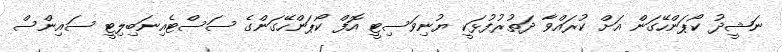
ނަޝީދު ކޯޕަންހޭގަން އަށް ކުރައްވާ ދަތުރުފުޅަކީ ޔުނިވަސިޓީ އޮފް ކޯޕަންހޭގަންގެ ސަސްޓެއިނަބިލިޓީ ސައިންސް